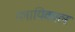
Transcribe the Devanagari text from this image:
ग्लायिकाल